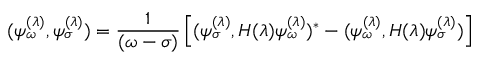
( \psi _ { \omega } ^ { ( \lambda ) } , \psi _ { \sigma } ^ { ( \lambda ) } ) = { \frac { 1 } { ( \omega - \sigma ) } } \left[ ( \psi _ { \sigma } ^ { ( \lambda ) } , H ( \lambda ) \psi _ { \omega } ^ { ( \lambda ) } ) ^ { * } - ( \psi _ { \omega } ^ { ( \lambda ) } , H ( \lambda ) \psi _ { \sigma } ^ { ( \lambda ) } ) \right] ~ ~ ~